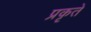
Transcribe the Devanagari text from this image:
प्रकृते